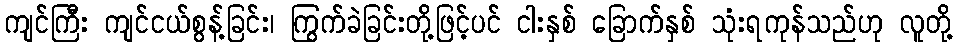
ကျင်ကြီး ကျင်ငယ်စွန့်ခြင်း၊ ကြွက်ခဲခြင်းတို့ဖြင့်ပင် ငါးနှစ် ခြောက်နှစ် သုံးရကုန်သည်ဟု လူတို့